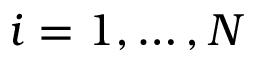
i = 1 , \ldots , N